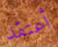
أعتقد